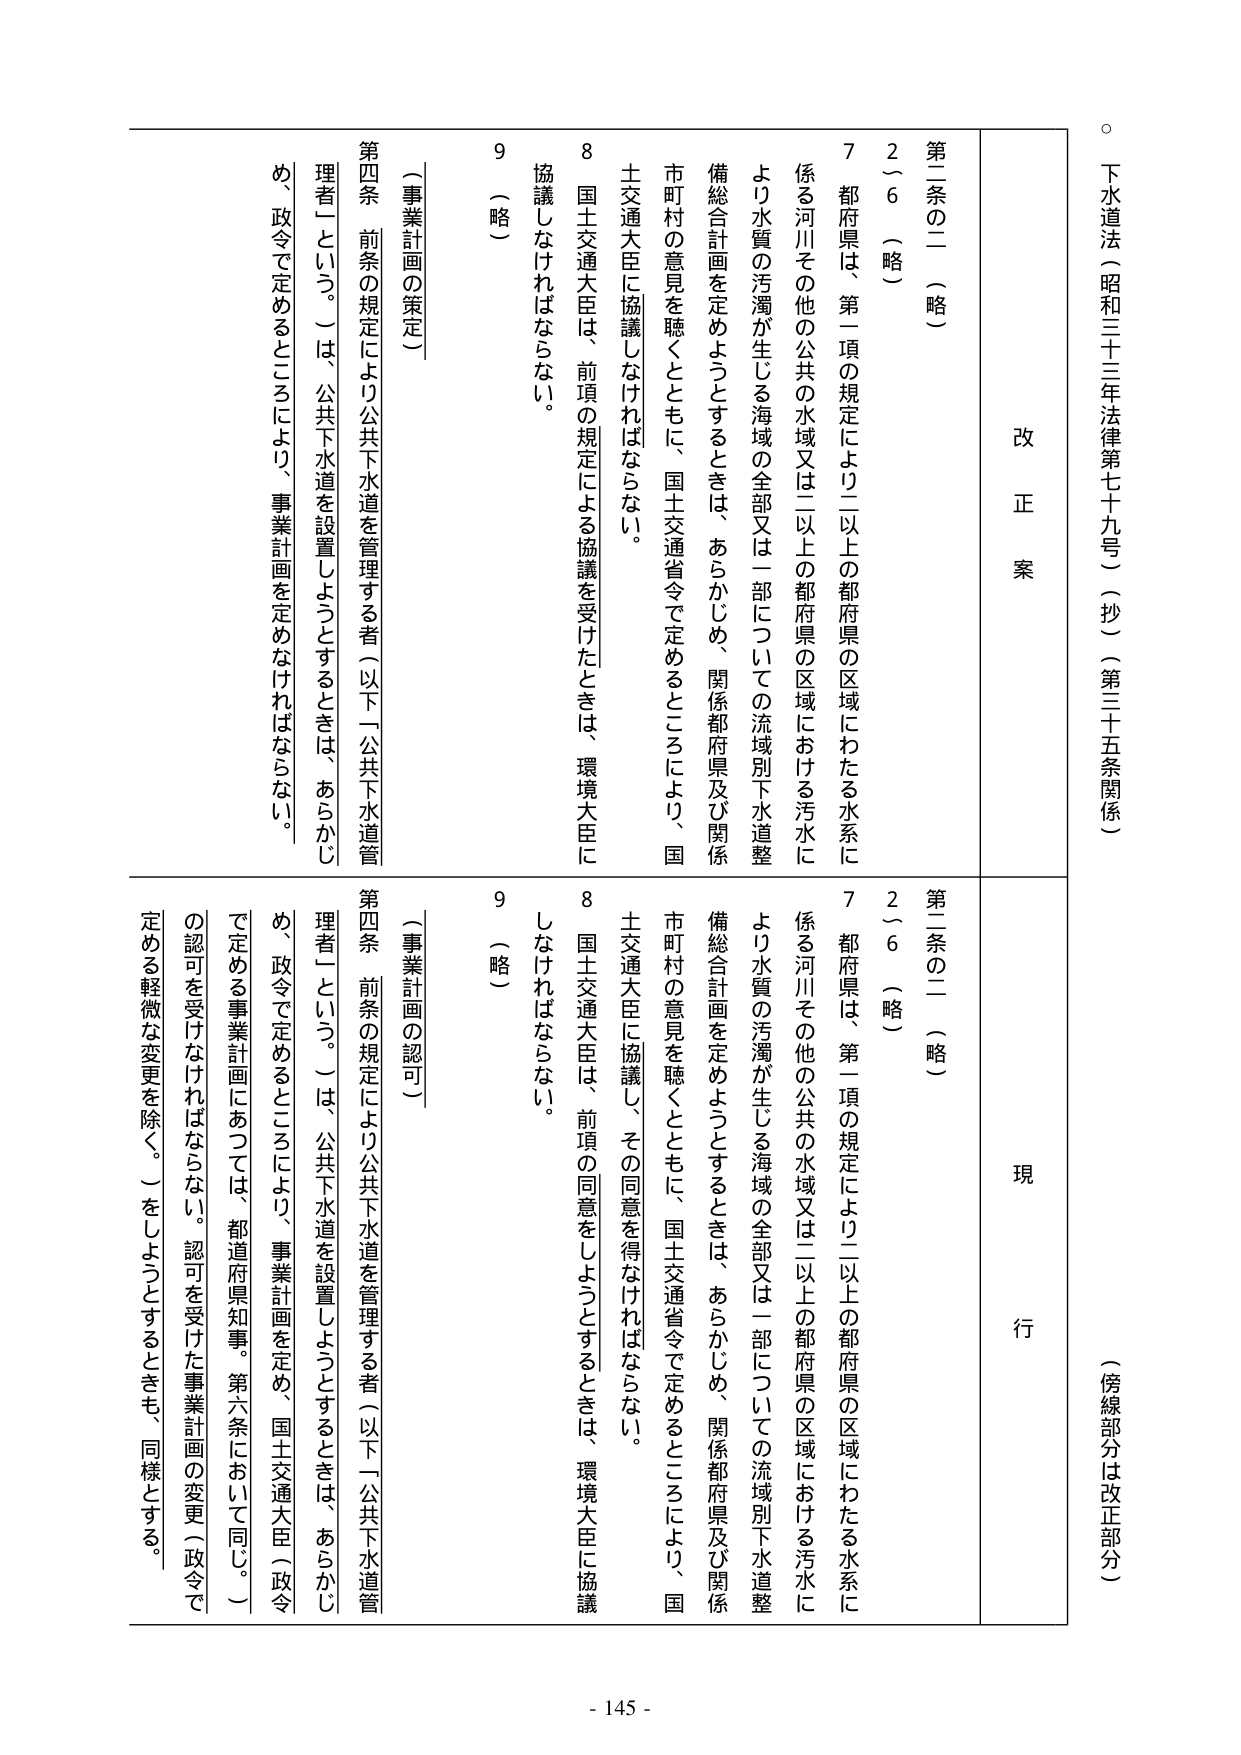
下水道法（昭和三十三年法律第七十九号）（抄）（第三十五条関係）

（傍線部分は改正部分）

改正案

第二条の二（略）

２～６（略）

７ 都府県は、第一項の規定により二以上の都府県の区域にわたる水系に係る河川その他の公共の水域又は二以上の都府県の区域における汚水により水質の汚濁が生じる海域の全部又は一部についての流域別下水道整備総合計画を定めようとするときは、あらかじめ、関係都府県及び関係市町村の意見を聴くとともに、国土交通省令で定めるところにより、国土交通大臣に協議しなければならない。

８ 国土交通大臣は、前項の規定による協議を受けたときは、環境大臣に協議しなければならない。

９（略）

（事業計画の策定）

第四条 前条の規定により公共下水道を管理する者（以下「公共下水道管理者」という。）は、公共下水道を設置しようとするときは、あらかじめ、政令で定めるところにより、事業計画を定めなければならない。

現行

第二条の二（略）

２～６（略）

７ 都府県は、第一項の規定により二以上の都府県の区域にわたる水系に係る河川その他の公共の水域又は二以上の都府県の区域における汚水により水質の汚濁が生じる海域の全部又は一部についての流域別下水道整備総合計画を定めようとするときは、あらかじめ、関係都府県及び関係市町村の意見を聴くとともに、国土交通省令で定めるところにより、国土交通大臣に協議し、その同意を得なければならない。

８ 国土交通大臣は、前項の同意をしようとするときは、環境大臣に協議しなければならない。

９（略）

（事業計画の認可）

第四条 前条の規定により公共下水道を管理する者（以下「公共下水道管理者」という。）は、公共下水道を設置しようとするときは、あらかじめ、政令で定めるところにより、事業計画を定め、国土交通大臣（政令で定める事業計画にあつては、都道府県知事。第六条において同じ。）の認可を受けなければならない。認可を受けた事業計画の変更（政令で定める軽微な変更を除く。）をしようとするときも、同様とする。

- 145 -